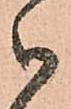
御